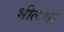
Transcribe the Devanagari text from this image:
भीलचा